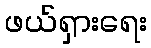
ဖယ်ရှားရေး